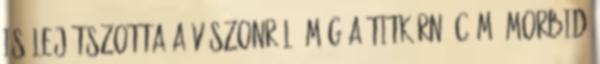
is lejátszotta a vászonról, míg A titkárnő című morbid